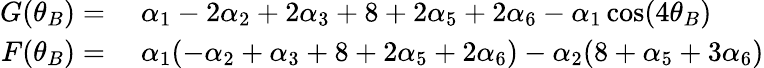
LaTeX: \begin{array}{rl}{G(\theta_{B})=}&{{}\; \alpha_{1}-2\alpha_{2}+2\alpha_{3}+8+2\alpha_{5}+2\alpha_{6}-\alpha_{1}\cos(4\theta_{B})}\\ {F(\theta_{B})=}&{{}\; \alpha_{1}(-\alpha_{2}+\alpha_{3}+8+2\alpha_{5}+2\alpha_{6})-\alpha_{2}(8+\alpha_{5}+3\alpha_{6})}\end{array}